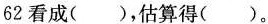
62看成( )，估算得( )。